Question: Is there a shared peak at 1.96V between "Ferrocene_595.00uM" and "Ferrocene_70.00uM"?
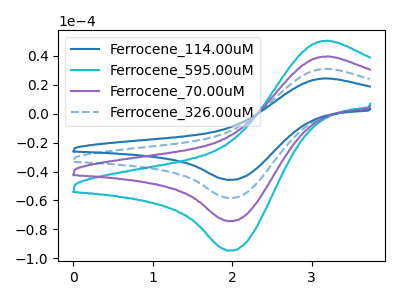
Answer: <think>The blue curve "Ferrocene_114.00uM" has an anodic peak at (3.20V, 119.00uA) and a cathodic peak at (1.95V, -223.20uA). The cyan curve "Ferrocene_595.00uM" has an anodic peak at (3.20V, 50.55uA) and a cathodic peak at (1.95V, -94.80uA). The purple curve "Ferrocene_70.00uM" has an anodic peak at (3.20V, 39.65uA) and a cathodic peak at (1.95V, -74.40uA). The blue dashed curve "Ferrocene_326.00uM" has an anodic peak at (3.20V, 79.30uA) and a cathodic peak at (1.95V, -148.80uA).</think>
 <answer>Yes, "Ferrocene_595.00uM" and "Ferrocene_70.00uM" share a peak at 1.96V.</answer>
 <eval>match</eval>